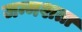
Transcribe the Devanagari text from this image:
जन्मशता